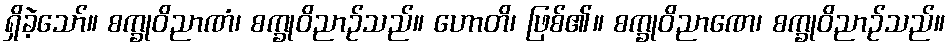
ရှိခဲ့သော်။ စက္ခုဝိညာဏံ၊ စက္ခုဝိညာဉ်သည်။ ဟောတိ၊ ဖြစ်၏။ စက္ခုဝိညာဏေ၊ စက္ခုဝိညာဉ်သည်။